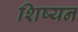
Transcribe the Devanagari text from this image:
शिष्यन